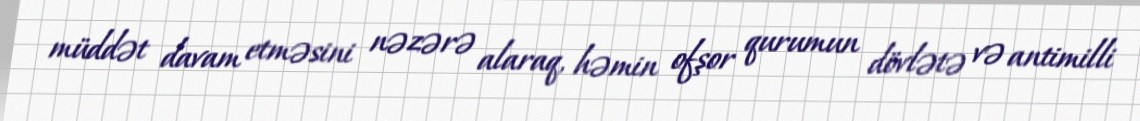
müddət davam etməsini nəzərə alaraq, həmin ofşor qurumun dövlətə və antimilli